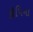
કૌપિના